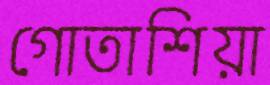
গোতাশিয়া